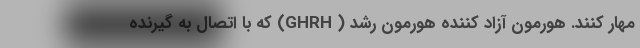
مهار کنند. هورمون آزاد کننده هورمون رشد ( GHRH) که با اتصال به گیرنده